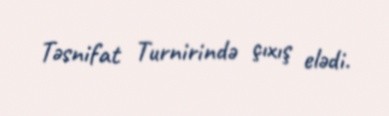
Təsnifat Turnirində çıxış elədi.